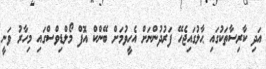
އަދި ކާރިސާތަކުގައި ޙާލުގައިޖެހޭ ފަރުދުންނަށް އެހީވުމަށް ބޭންކް އޮފް މޯލްޑިވްސްގައި މިހާރު ވަނީ